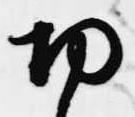
切